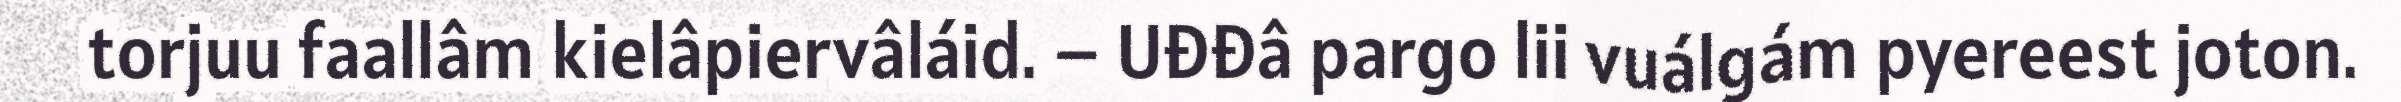
torjuu faallâm kielâpiervâláid. – Uđđâ pargo lii vuálgám pyereest joton.